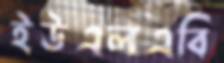
ইউএলএবি